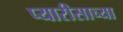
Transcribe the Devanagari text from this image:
प्यारीसाच्या